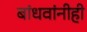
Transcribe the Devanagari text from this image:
बांधवांनीही